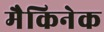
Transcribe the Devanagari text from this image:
मैकिनेक